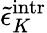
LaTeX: \tilde{\epsilon}_{K}^{\mathrm{intr}}